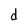
Character: d